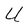
Character: U